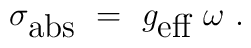
\sigma_{\mbox{abs}}~=~g_{\mbox{eff}}~\omega~.